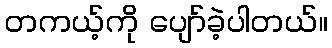
တကယ့်ကို ပျော်ခဲ့ပါတယ်။